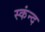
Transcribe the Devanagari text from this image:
स्कंन्द